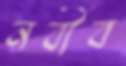
নবীব